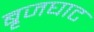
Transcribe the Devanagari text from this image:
बृजघाट